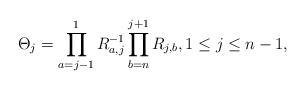
LaTeX: \begin{gather*}\Theta_{j}=\prod_{a=j-1}^{1}R_{a,j}^{-1}\prod_{b=n}^{j+1}R_{j,b}, 1 \le j \le n-1,\end{gather*}